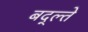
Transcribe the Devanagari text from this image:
बद्ल्ते